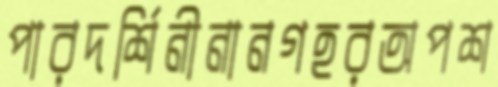
পারদর্শিনীনানগহরঅপশ